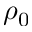
\rho _ { 0 }